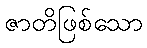
ဇာတိဖြစ်သော